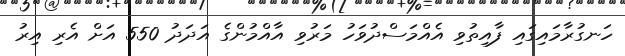
ހަނގުރާމައިގައި ފާއިތުވި އެއްމަސްދުވަހު މަރުވި އާއްމުންގެ އަދަދު 550 އަށް އެރި އިރު